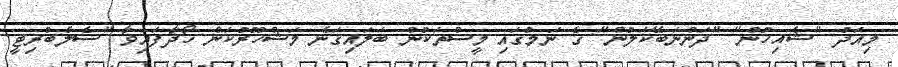
މިއަދު "ޝެއިޚުން" "ދަންނަބޭކަލުން" ގެ ނަމުގައި މީސްތަކުން ބަލައިގަނެ މަޝްހޫރުކަން ހޯދާފައިވާ "ސެލެބްރިޓީ